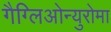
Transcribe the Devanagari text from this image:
गैग्लिओन्युरोमा